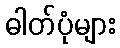
ဓါတ်ပုံများ